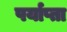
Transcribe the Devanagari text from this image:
पर्याप्ता